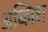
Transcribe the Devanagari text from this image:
अब्लिश